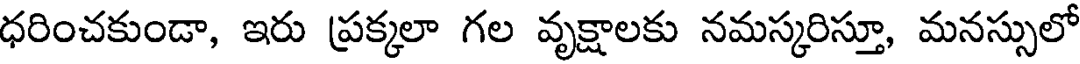
ధరించకుండా, ఇరు ప్రక్కలా గల వృక్షాలకు నమస్కరిస్తూ, మనస్సులో